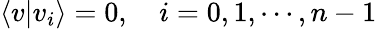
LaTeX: \langle v|v_{i}\rangle=0,\quad i=0,1,\cdots,n-1